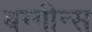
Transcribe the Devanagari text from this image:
बग्गीन्स